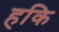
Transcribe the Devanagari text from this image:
हकि